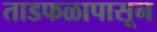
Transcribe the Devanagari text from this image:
ताडफळापासून